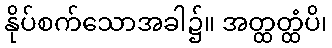
နိုပ်စက်သောအခါ၌။ အတ္ထတ္ထံပိ၊